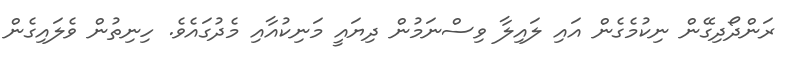
ރަންދޯދިގޭން ނިކުމެގެން އައި ލައިލާ ވިސްނަމުން ދިޔައީ މަނިކުއާއި މެދުގައެވެ. ހިނިތުން ވެލައިގެން